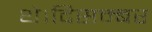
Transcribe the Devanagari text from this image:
थे।दिसम्बर